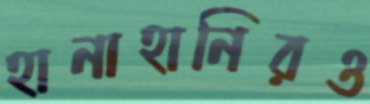
হানাহানিরও